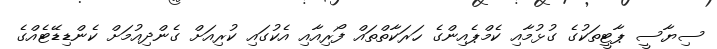
ސިޔާސީ ޕާޓީތަކުގެ ގުޅުމާއި ކެމްޕެއިންގެ ހަރަކާތްތައް ފޯރިއާއި އެކުގައި ކުރިއަށް ގެންދިއުމަށް ކެންޑިޑޭޓެއްގެ